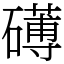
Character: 礡